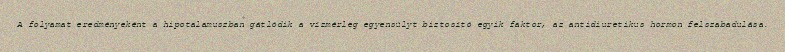
A folyamat eredményeként a hipotalamuszban gátlódik a vízmérleg egyensúlyt biztosító egyik faktor, az antidiuretikus hormon felszabadulása.